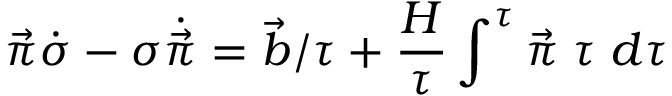
\vec { \pi } \dot { \sigma } - \sigma \dot { \vec { \pi } } = \vec { b } / \tau + { \frac { H } { \tau } } \int ^ { \tau } \vec { \pi } \; \tau \; d \tau